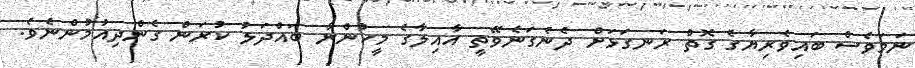
ނަމަވެސް ބައިވެރިޔާގެ ގޮތް ރަނގަޅަށް ދެނެގަނެވޭތީ އާއިލާގެ މީހުންނާ ބައްދަލު ކުރަން ގެންދިއުމުންނެވެ.